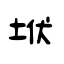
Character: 垘